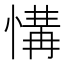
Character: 𢞡